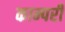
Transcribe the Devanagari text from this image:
काम्परी